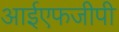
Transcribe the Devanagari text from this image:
आईएफजीपी